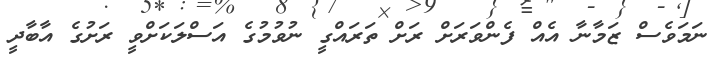
ނަމަވެސް ޒަމާނާ އެއް ފެންވަރަށް ރަށް ތަރައްގީ ނުވުމުގެ އަސްލަކަށްވީ ރަށުގެ އާބާދީ